Civil Veterinary Dept. Bombay admin report 1923-31 - 1923-1931
Year: 1923
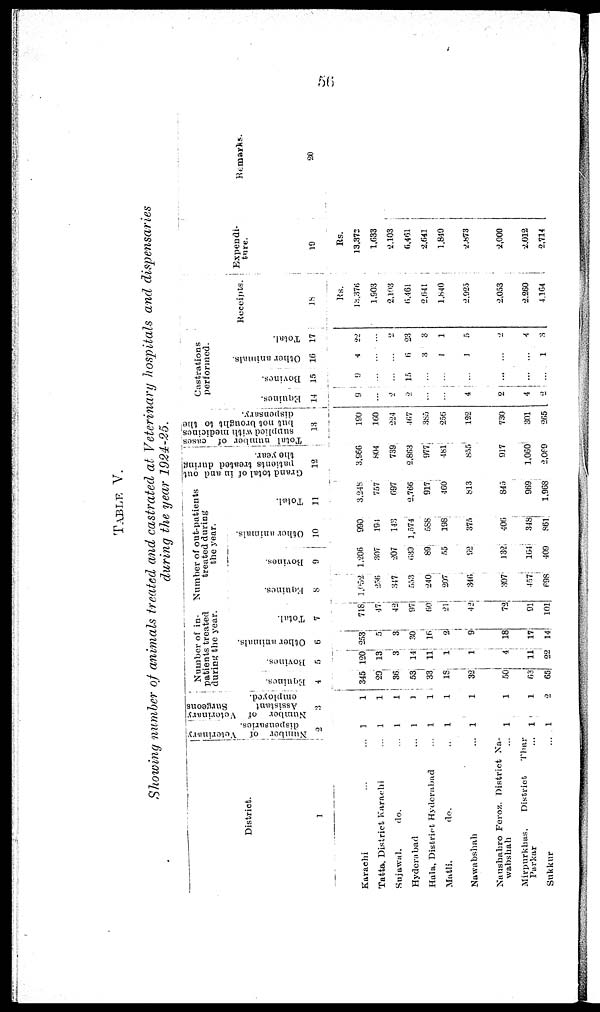
56
TABLE
V.
Showing
number
of animals
treated
and castrated
at Veterinary
hospitals
and
dispensaries
during
the year
1924-25.
District.
1
Karachi ... ...
Tatta, District Karachi ...
Sujawal.
do. ...
Hyderabad ...
Hala, District Hyderabad ...
Matli.
do. ...
Nawabshah ...
Naushahro Feroz, District Na¬
wabshah ...
Mirpurkhas,
District
Thar
Parkar ...
Sukkur ...
Number of Veterinary
dispensaries.
2
1
1
1
1
1
1
1
1
1
1
Number of Veterinary
Assistant
Surgeons
employed.
3
1
1
1
1
1
1
1
1
1
2
Number of in-
patients treated
during the year.
Equines.
4
345
29
36
63
33
18
32
50
63
65
Bovines.
5
120
13
3
14
1
1
4
11
22
Other animals.
6
253
5
3
30
16
2
9
18
17
14
Total.
7
718
47
42
97
60
21
42
72
91
101
Number of out-patients
treated during
the year.
Equines.
8
1,052
256
347
553
240.
207
346
307
457
698
Bovines.
9
1,206
307
207
639
89
55
92
132
164
409
Other animals.
10
990
194
143
1,574
588
198
375
406
348
86l
Total.
11
3,248
757
697
2,766
917
460
813
845
969
1,968
Grand total of in and out
patients treated during
the year.
12
3,966
804
739
2,863
977
481
855
917
1,060
2,069
Total number of cases
supplied with medicines
but not brought to the
dispensary.
13
190
160
224
467
385
256
122
730
301
265
Castrations
performed.
Equines.
14
9
...
2
2
...
...
4
2
4
2
Bovines.
15
9
...
...
15
...
...
...
...
...
...
Other animals.
16
4
...
...
6
3
1
1
...
...
1
Total.
17
22
...
2
23
3
1
5
2
4
3
Receipts.
18
Rs.
18,376
1,903
2,103
6,461
2,641
1,840
2,925
2,053
2,260
4,164
Expendi-
ture.
10
Rs.
13,372
1,633
2,103
6,461
2,641
1,840
2,873
2,000
2,012
2,714
Remarks.
20